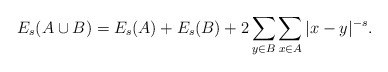
\begin{align*}E_{s}(A\cup B)=E_{s}(A)+E_{s}(B)+2\sum_{y\in B}\sum_{x\in A}|x-y|^{-s}.\end{align*}